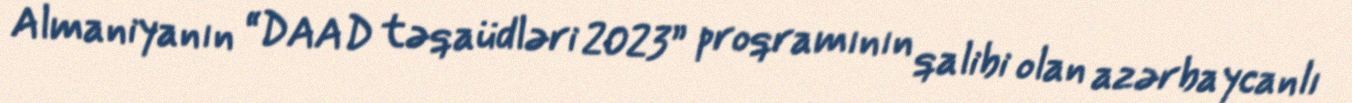
Almaniyanın “DAAD təqaüdləri 2023” proqramının qalibi olan azərbaycanlı